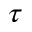
\tau